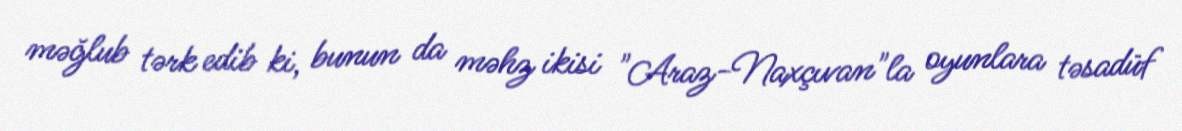
məğlub tərk edib ki, bunun da məhz ikisi "Araz-Naxçıvan"la oyunlara təsadüf